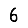
Digit: 6